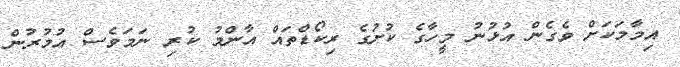
އިމާމަކަށް ވެގެން އުޅުނު މީހާގެ ކުށުގެ ރިކޯޑްތައް އާންމު ކުރި ނަމަވެސް އުމުރުން